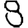
Digit: 8